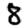
Digit: 8